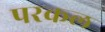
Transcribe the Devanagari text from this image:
परकल